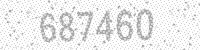
Solution: 687460